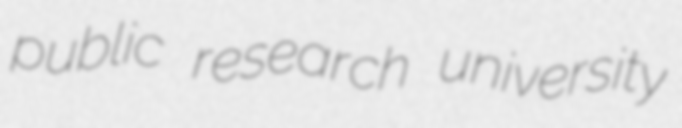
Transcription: public research university